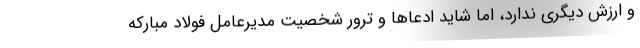
و ارزش دیگری ندارد، اما شاید ادعاها و ترور شخصیت مدیرعامل فولاد مبارکه